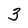
Character: 3